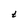
Character: t